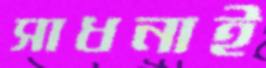
সাধনাই